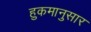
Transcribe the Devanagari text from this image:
हुकमानुसार